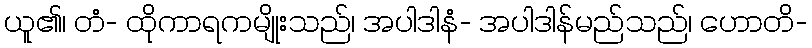
ယူ၏၊ တံ- ထိုကာရကမျိုးသည်၊ အပါဒါနံ- အပါဒါန်မည်သည်၊ ဟောတိ-